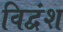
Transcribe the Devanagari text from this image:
विद्वंश